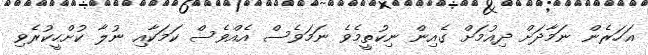
އަހަރެން ނަމާދަށް ދިއުމަށް ގެއިން ނިކުތީމެވެ ނަމަވެސް އެއްވެސް ކަމަކާއި ނުލާ ކުށްހީކުރެވި